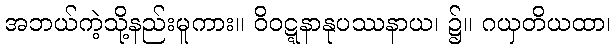
အဘယ်ကဲ့သို့နည်းမူကား။ ဝိဝဋ္ဋနာနုပဿနာယ၊ ၌။ ဂယှတိယထာ၊